Scottish Leaving Certificate Examination, 1956
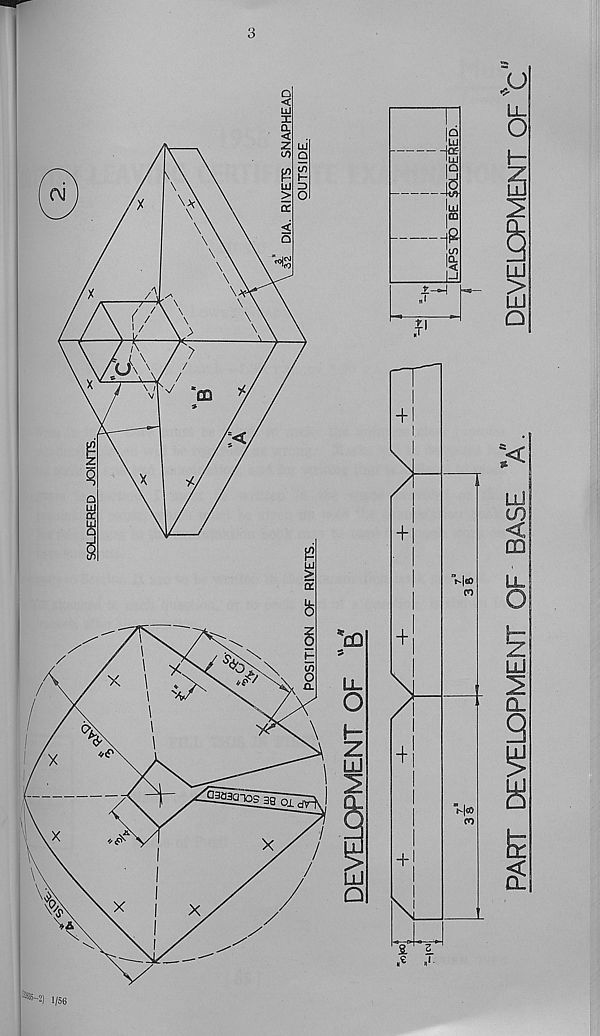
3
SL 1
• iS3i '2) 1/56
PAFTT DEVELOPMENT OF BASE
A.
DEVELOPMENT OF C